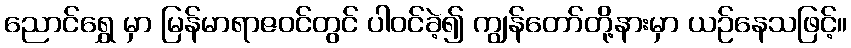
ညောင်ရွှေ မှာ မြန်မာရာဇဝင်တွင် ပါဝင်ခဲ့၍ ကျွန်တော်တို့နားမှာ ယဉ်နေသဖြင့်။